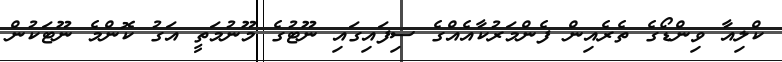
ކްލިއާ ވިންޑޯގެ ތެރެއިން ފެންމަރުކާއެއްގެ ސިފައިގައި ނޫޓުގެ މޫނުމަތީ އަގު ކޮންމެ ނޫޓަކުން